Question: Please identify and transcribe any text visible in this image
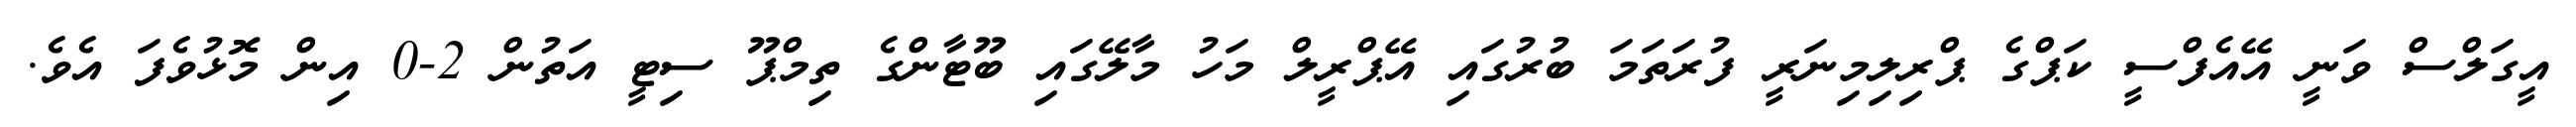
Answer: އީގަލްސް ވަނީ އޭއެފްސީ ކަޕްގެ ޕްރިލިމިނަރީ ފުރަތަމަ ބުރުގައި އޭޕްރީލް މަހު މާލޭގައި ބޫޓާންގެ ތިމްޕޫ ސިޓީ އަތުން 2-0 އިން މޮޅުވެފަ އެވެ.